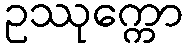
ဥဿုက္ကော